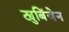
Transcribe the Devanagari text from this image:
ट्युबिंजेन